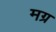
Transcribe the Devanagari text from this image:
मग्र